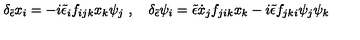
\delta _ { \tilde { \epsilon } } x _ { i } = - i { \tilde { \epsilon } } _ { i } f _ { i j k } x _ { k } \psi _ { j } \ , \quad \delta _ { \tilde { \epsilon } } \psi _ { i } = { \tilde { \epsilon } } { \dot { x } } _ { j } f _ { j i k } x _ { k } - i { \tilde { \epsilon } } f _ { j k i } \psi _ { j } \psi _ { k }